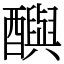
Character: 𨣦